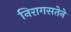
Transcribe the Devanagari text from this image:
निरागसतेने